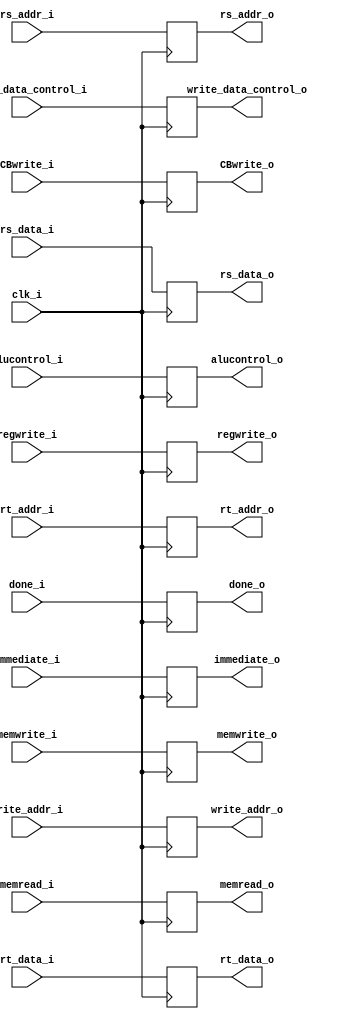
module pipelineIDEM(input [3:0] alucontrol_i,
					input regwrite_i,
					input write_data_control_i,
					input CBwrite_i,
					input [7:0] rt_data_i,
					input [7:0] rs_data_i,
					input [2:0] rs_addr_i,
					input [2:0] rt_addr_i,
					input [2:0] write_addr_i,
					input [4:0] immediate_i,
					input memwrite_i,
					input memread_i,
					input clk_i,
					input done_i,
					output reg [3:0] alucontrol_o,
					output reg regwrite_o,
					output reg write_data_control_o,
					output reg CBwrite_o,
					output reg [7:0] rt_data_o,
					output reg [7:0] rs_data_o,
					output reg [2:0] rs_addr_o,
					output reg [2:0] rt_addr_o,
					output reg [2:0] write_addr_o,
					output reg [4:0] immediate_o,
					output reg memwrite_o,
					output reg memread_o,
					output reg done_o);

always @(posedge clk_i)
begin
	alucontrol_o <= alucontrol_i;
	regwrite_o <= regwrite_i;
	write_data_control_o <= write_data_control_i;
	CBwrite_o <= CBwrite_i;
	rt_data_o <= rt_data_i;
	rs_data_o <= rs_data_i;
	rs_addr_o <= rs_addr_i;
	rt_addr_o <= rt_addr_i;
	write_addr_o <= write_addr_i;
	immediate_o <= immediate_i;
	memwrite_o <= memwrite_i;
	memread_o <= memread_i;
	done_o <= done_i;
end								
endmodule